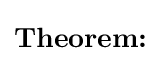
{\textbf {Theorem:}}